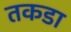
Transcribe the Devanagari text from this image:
तकडा